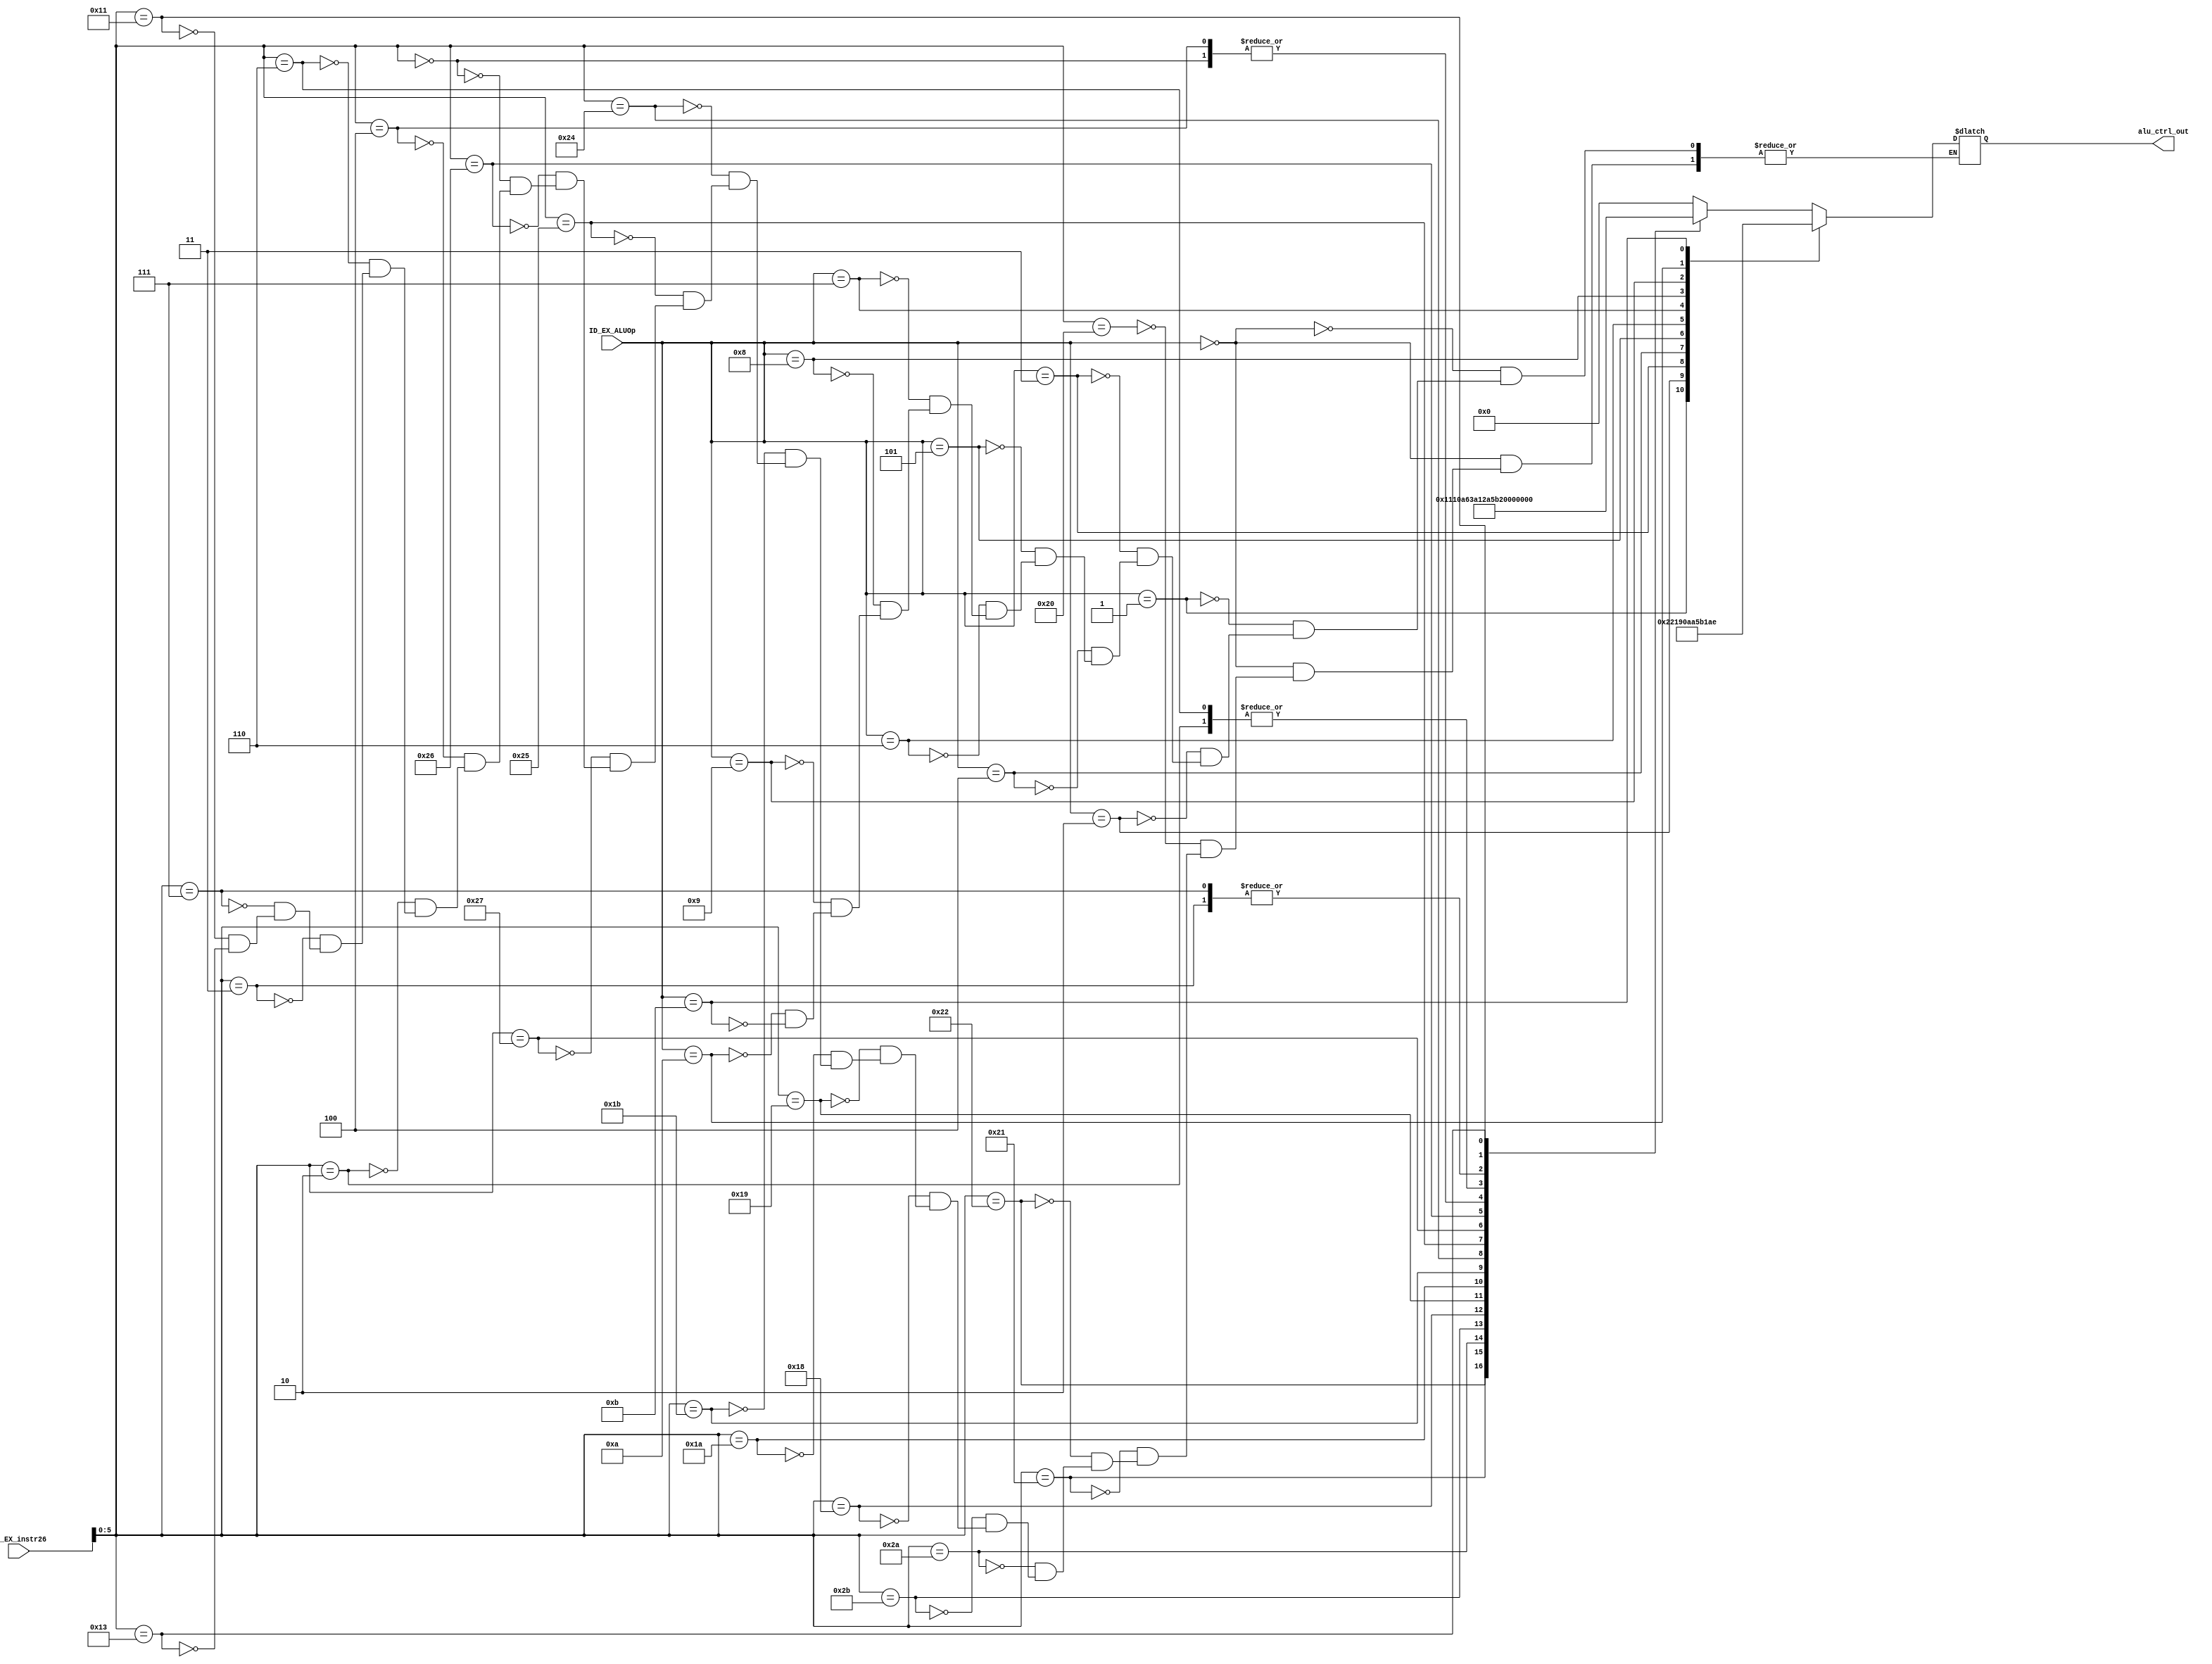
module alu_ctrl #(
    /*
        ALUOp field
    */
    parameter USE_R_TYPE = 4'b0000,
    parameter USE_ADD    = 4'b0001,
    parameter USE_ADDU   = 4'b0010,
    parameter USE_SUB    = 4'b0011,
    parameter USE_SUBU   = 4'b0100,
    parameter USE_SLT    = 4'b0101,
    parameter USE_SLTU   = 4'b0110,
    parameter USE_AND    = 4'b0111,
    parameter USE_OR     = 4'b1000,
    parameter USE_NOR    = 4'b1001,
    parameter USE_XOR    = 4'b1010,
    parameter USE_LUI    = 4'b1011,
    /*
        alu_ctrl_out field
    */
    parameter ADD_OP     = 5'b00000,
    parameter ADDU_OP    = 5'b00001,
    parameter SUB_OP     = 5'b00010,
    parameter SUBU_OP    = 5'b00011,
    parameter STL_OP     = 5'b00100,
    parameter STLU_OP    = 5'b00101,
    parameter MULT_OP    = 5'b00110,
    parameter MULTU_OP   = 5'b00111,
    parameter DIV_OP     = 5'b01000,
    parameter DIVU_OP    = 5'b01001,
    parameter AND_OP     = 5'b01010,
    parameter OR_OP      = 5'b01011,
    parameter NOR_OP     = 5'b01100,
    parameter XOR_OP     = 5'b01101,
    parameter LUI_OP     = 5'b01110,
    parameter SLL_OP     = 5'b01111,
    parameter SRL_OP     = 5'b10000,
    parameter SRA_OP     = 5'b10001,
    parameter MTHI_OP    = 5'b10010,
    parameter MTLO_OP    = 5'b10011                 
)(
    input      [ 3: 0] ID_EX_ALUOp,
    input      [25: 0] ID_EX_instr26,          // funct extracted from this
    output reg [ 4: 0] alu_ctrl_out
);

    /*
        funct field
    */
    parameter funct_is_ADD    = 6'b100000;
    parameter funct_is_ADDU   = 6'b100001;
    parameter funct_is_SUB    = 6'b100010;
    parameter funct_is_SUBU   = 6'b100011;
    parameter funct_is_SLT    = 6'b101010;
    parameter funct_is_SLTU   = 6'b101011;
    parameter funct_is_MULT   = 6'b011000;
    parameter funct_is_MULTU  = 6'b011001;
    parameter funct_is_DIV    = 6'b011010;
    parameter funct_is_DIVU   = 6'b011011;
    parameter funct_is_AND    = 6'b100100;
    parameter funct_is_OR     = 6'b100101;
    parameter funct_is_NOR    = 6'b100111;
    parameter funct_is_XOR    = 6'b100110;
    parameter funct_is_SLL    = 6'b000000;
    parameter funct_is_SLLV   = 6'b000100;
    parameter funct_is_SRL    = 6'b000010;
    parameter funct_is_SRLV   = 6'b000110; 
    parameter funct_is_SRA    = 6'b000011;
    parameter funct_is_SRAV   = 6'b000111; 
    parameter funct_is_MTHI   = 6'b010001;
    parameter funct_is_MTLO   = 6'b010011;  


    always @(*) begin
        case (ID_EX_ALUOp)
            USE_R_TYPE : begin
                case (ID_EX_instr26[ 5: 0])
                    funct_is_ADD    : alu_ctrl_out = ADD_OP;
                    funct_is_ADDU   : alu_ctrl_out = ADDU_OP;
                    funct_is_SUB    : alu_ctrl_out = SUB_OP;
                    funct_is_SLT    : alu_ctrl_out = STL_OP;
                    funct_is_SLTU   : alu_ctrl_out = STLU_OP;
                    funct_is_MULT   : alu_ctrl_out = MULT_OP;
                    funct_is_MULTU  : alu_ctrl_out = MULTU_OP;
                    funct_is_DIV    : alu_ctrl_out = DIV_OP;
                    funct_is_DIVU   : alu_ctrl_out = DIVU_OP;
                    funct_is_AND    : alu_ctrl_out = AND_OP;
                    funct_is_OR     : alu_ctrl_out = OR_OP;
                    funct_is_NOR    : alu_ctrl_out = NOR_OP;
                    funct_is_XOR    : alu_ctrl_out = XOR_OP;
                    funct_is_SLL    : alu_ctrl_out = SLL_OP;
                    funct_is_SLLV   : alu_ctrl_out = SLL_OP;
                    funct_is_SRL    : alu_ctrl_out = SRL_OP;
                    funct_is_SRLV   : alu_ctrl_out = SRL_OP;
                    funct_is_SRA    : alu_ctrl_out = SRA_OP;
                    funct_is_SRAV   : alu_ctrl_out = SRA_OP; 
                    funct_is_MTHI   : alu_ctrl_out = MTHI_OP;
                    funct_is_MTLO   : alu_ctrl_out = MTLO_OP;   
                endcase
            end
            USE_ADD   : alu_ctrl_out = ADD_OP;
            USE_ADDU  : alu_ctrl_out = ADDU_OP;
            USE_SUB   : alu_ctrl_out = SUB_OP;
            USE_SUBU  : alu_ctrl_out = SUBU_OP;
            USE_SLT   : alu_ctrl_out = STL_OP;
            USE_SLTU  : alu_ctrl_out = STLU_OP;
            USE_AND   : alu_ctrl_out = AND_OP;
            USE_OR    : alu_ctrl_out = OR_OP;
            USE_NOR   : alu_ctrl_out = NOR_OP;
            USE_XOR   : alu_ctrl_out = XOR_OP;
            USE_LUI   : alu_ctrl_out = LUI_OP;
        endcase
    end         



endmodule //alu_ctrl